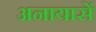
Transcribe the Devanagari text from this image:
अनायासें